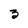
Character: 3